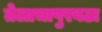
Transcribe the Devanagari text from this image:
तेलाचापुरवठा